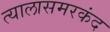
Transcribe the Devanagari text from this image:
त्यालासमरकंद